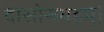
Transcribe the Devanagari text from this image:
दासोस्म्यहम्।